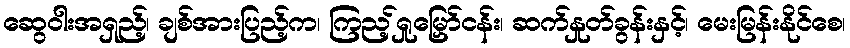
ဆွေဝါးအရှည့်၊ ချစ်အားပြည့်က၊ ကြည့်ရှုမြှော်ငန်း၊ ဆက်နှုတ်ခွန်းနှင့်၊ မေးမြန်းနိုင်စေ၊